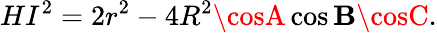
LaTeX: HI^{2}=2r^{2}-4R^{2}\cosA\cos\mathbf{B}\cosC.